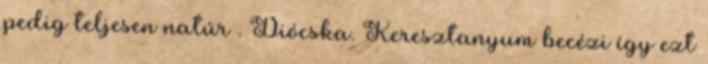
pedig teljesen natúr . Diócska. Keresztanyum becézi így ezt